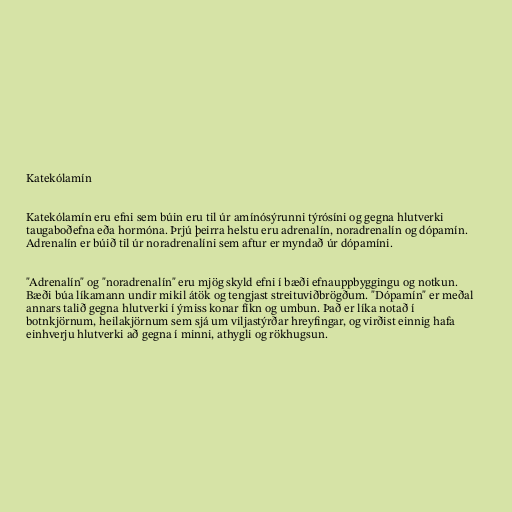
Katekólamín

Katekólamín eru efni sem búin eru til úr amínósýrunni týrósíni og gegna hlutverki
taugaboðefna eða hormóna. Þrjú þeirra helstu eru adrenalín, noradrenalín og dópamín.
Adrenalín er búið til úr noradrenalíni sem aftur er myndað úr dópamíni.

"Adrenalín" og "noradrenalín" eru mjög skyld efni í bæði efnauppbyggingu og notkun.
Bæði búa líkamann undir mikil átök og tengjast streituviðbrögðum. "Dópamín" er meðal
annars talið gegna hlutverki í ýmiss konar fíkn og umbun. Það er líka notað í
botnkjörnum, heilakjörnum sem sjá um viljastýrðar hreyfingar, og virðist einnig hafa
einhverju hlutverki að gegna í minni, athygli og rökhugsun.